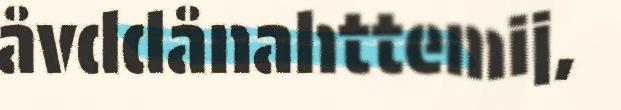
åvddånahttemij,